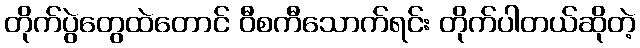
တိုက်ပွဲတွေထဲတောင် ဝီစကီသောက်ရင်း တိုက်ပါတယ်ဆိုတဲ့